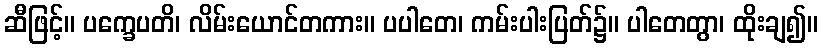
ဆီဖြင့်။ ပက္ခေပတိ၊ လိမ်းယောင်တကား။ ပပါတေ၊ ကမ်းပါးပြတ်၌။ ပါတေတွာ၊ ထိုးချ၍။